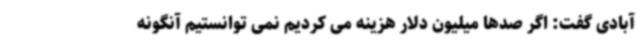
آبادی گفت: اگر صدها میلیون دلار هزینه می کردیم نمی توانستیم آنگونه